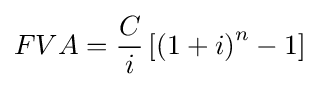
FVA={\frac {C}{i}}\left[\left(1+i\right)^{n}-1\right]